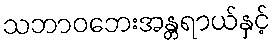
သဘာဝဘေးအန္တရာယ်နှင့်